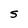
Character: S